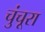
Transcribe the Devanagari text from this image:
चुंचूरा